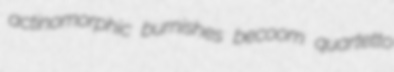
actinomorphic burnishes becoom quartetto